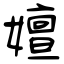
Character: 嬗